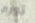
تورم